Indian journal of veterinary science and animal husbandry - Volume 14,
Year: 1944
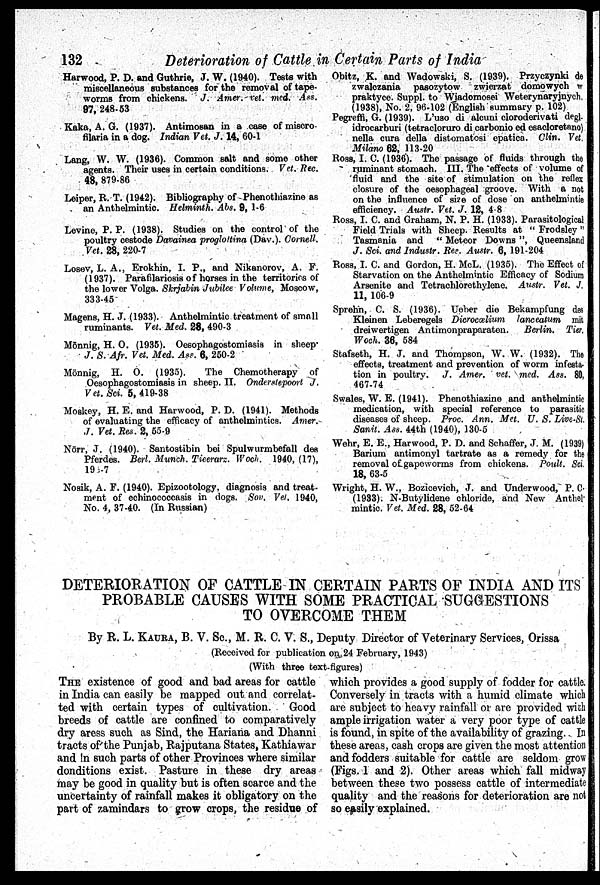
132
Deterioration of Cattle in Certain Parts of India
Harwood, P. D. and Guthrie, J. W. (1940). Tests with
miscellaneous substances for the removal of tape-
worms from chickens. J. Amer. vet. med. Ass.
97, 248-53
Kaka, A. G. (1937). Antimosan in a case of miscro-
filaria in a dog. Indian Vet. J. 14, 60-1
Lang, W. W. (1936). Common salt and some other
agents. Their uses in certain conditions. Vet. Rec.
48, 879-86
Leiper, R. T. (1942). Bibliography of Phenothiazine as
an Anthelmintic. Helminth. Abs. 9, 1-6
Levine, P. P. (1938). Studies on the control of the
poultry cestode Davainea proglottina (Dav.). Cornell.
Vet. 28, 220-7
Losev, L. A., Erokhin, I. P., and Nikanorov, A. F.
(1937). Parafilariosis of horses in the territories of
the lower Volga. Skrjabin Jubilee Volume, Moscow,
333-45
Magens, H. J. (1933). Anthelmintic treatment of small
ruminants. Vet. Med. 28, 490-3
Mönnig, H. O. (1935). Oesophagostomiasis in sheep
J. S. Afr. Vet. Med. Ass. 6, 250-2
Mönnig, H. O. (1935).
The Chemotherapy of
Oesophagostomiasis in sheep. II. Onderstepoort J.
Vet. Sci. 5, 419-38
Moskey, H. E. and Harwood, P. D. (1941). Methods
of evaluating the efficacy of anthelmintics. Amer.
J. Vet. Res. 2, 55-9
Nörr, J. (1940). Santostibin bei Spulwurmbefall des
Pferdes. Berl. Munch. Tieerarz. Woch. 1940, (17),
195-7
Nosik, A. F. (1940). Epizootology, diagnosis and treat-
ment of echinococcasis in dogs. Sov. Vet. 1940,
No. 4, 37-40. (In Russian)
Obitz, K. and Wadowski, S. (1939). Przyczynki de
zwalczania pasozytow zwierzat domowych w
praktyce. Suppl. to Wiadomosei Weterynaryinych,
(1938), No. 2, 96-102 (English summary p. 102)
Pegreffi, G. (1939). L'uso di alcuni cloroderivati degl.
idrocarburi (tetracloruro di carbonio ed esacloretano)
nella cura della distomatosi epatica. Clin. Vet,
Milano 62, 113-20
Ross, I. C. (1936). The passage of fluids through the
ruminant stomach. III. The effects of volume of
fluid and the site of stimulation on the reflex
closure of the oesophageal groove. With a not
on the influence of size of dose on anthelmintie
efficiency. Austr. Vet. J. 12, 4-8
Ross, I. C. and Graham, N. P. H. (1933). Parasitological
Field Trials with Sheep. Results at " Frodsley "
Tasmania and " Meteor Downs", Queensland
J. Sci. and Industr. Res. Austr. 6, 191-204
Ross, I. C. and Gordon, H. McL. (1935). The Effect of
Starvation on the Anthelmintic Efficacy of Sodium
Arsenite and Tetrachlorethylene. Austr. Vet. J.
11, 106-9
Sprehn, C. S. (1936). Ueber die Bekampfung des
Kleinen Leberegels Dicrocœlium lanceatum mit
dreiwertigen Antimonpraparaten.
Berlin. Tier.
Woch. 36, 584
Stafseth, H. J. and Thompson, W. W. (1932). The
effects, treatment and prevention of worm infesta-
tion in poultry. J. Amer. vet. med. Ass. 80,
467-74
Swales, W. E. (1941). Phenothiazine and anthelmintic
medication, with special reference to parasitic
diseases of sheep. Proc. Ann. Met. U. S. Live-St,
Sanit. Ass. 44th (1940), 130-5
Wehr, E. E., Harwood, P. D. and Schaffer, J. M. (1939)
Barium antimonyl tartrate as a remedy for the
removal of gapeworms from chickens. Poult. Sci.
18, 63-5
Wright, H. W., Bozicevich, J. and Underwood, P. C.
(1933). N-Butylidene chloride, and New Anthel-
mintic. Vet. Med. 28, 52-64
DETERIORATION OF CATTLE IN CERTAIN PARTS OF INDIA AND ITS
PROBABLE CAUSES WITH SOME PRACTICAL SUGGESTIONS
TO OVERCOME THEM
By R. L. KAURA, B. V. Sc., M. R. C. V. S., Deputy Director of Veterinary Services, Orissa
(Received for publication on 24 February, 1943)
(With three text-figures)
THE existence of good and bad areas for cattle
in India can easily be mapped out and correlat-
ted with certain types of cultivation. Good
breeds of cattle are confined to comparatively
dry aress such as Sind, the Hariana and Dhanni
tracts of the Punjab, Rajputana States, Kathiawar
and !n such parts of other Provinces where similar
donditions exist. Pasture in these dry areas
may be good in quality but is often scarce and the
uncertainty of rainfall makes it obligatory on the
part of zamindars to grow crops, the residue of
which provides a good supply of fodder for cattle.
Conversely in tracts with a humid climate which
are subject to heavy rainfall or are provided with
ample irrigation water a very poor type of cattle
is found, in spite of the availability of grazing. In
these areas, cash crops are given the most attention
and fodders suitable for cattle are seldom grow
(Figs. 1 and 2). Other areas which fall midway
between these two possess cattle of intermediate
quality and the reasons for deterioration are not
so easily explained.